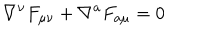
\nabla ^ { \nu } F _ { \mu \nu } + \nabla ^ { a } F _ { a \mu } = 0